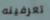
تعرفينه